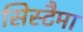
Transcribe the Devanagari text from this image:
सिस्टैमा